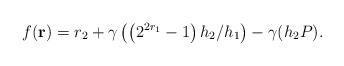
LaTeX: \begin{align*}f(\mathbf{r})=r_2+\gamma\left(\left(2^{2r_1}-1\right)h_2/h_1\right)-\gamma(h_2P).\end{align*}